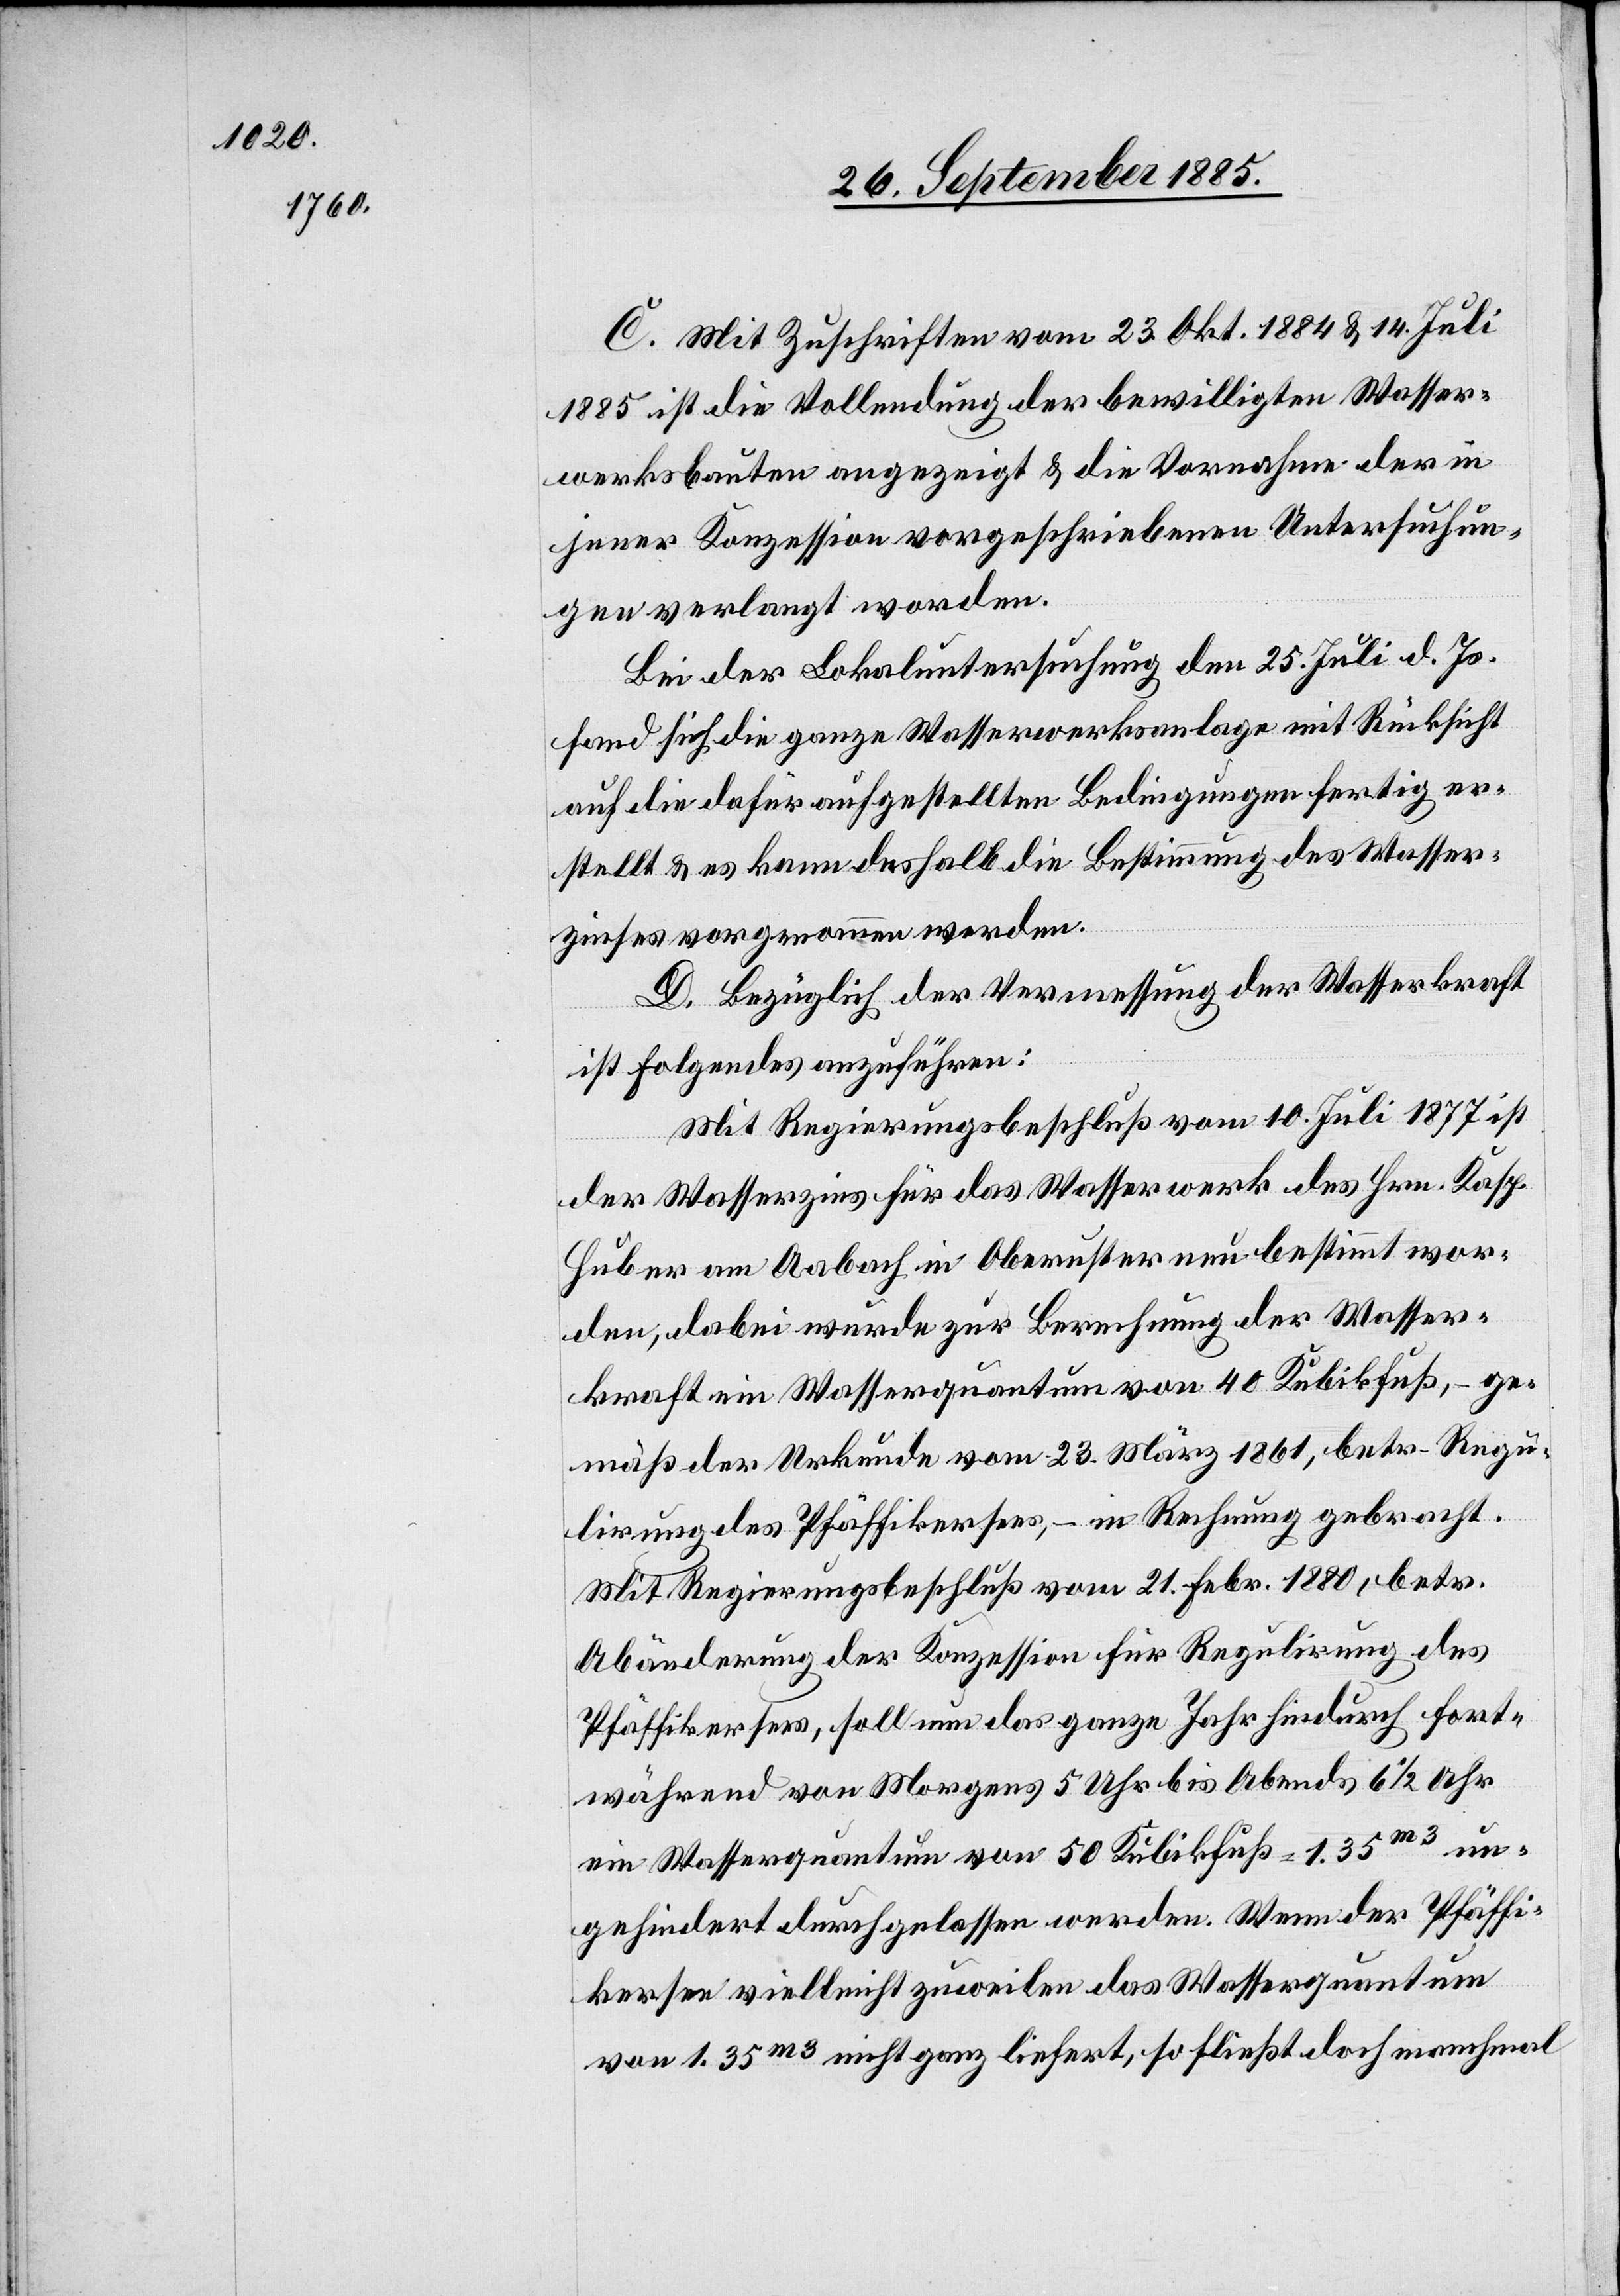
C. Mit Zuschriften vom 23. Okt. 1884 & 14. Juli
1885 ist die Vollendung der bewilligten Wasser¬
werksbauten angezeigt & die Vornahme der in
jener Konzession vorgeschriebenen Untersuchun¬
gen verlangt worden.
Bei der Lokaluntersuchung den 25. Juli d. Js.
fand sich die ganze Wasserwerksanlage mit Rücksicht
auf die dafür aufgestellten Bedingungen fertig er¬
stellt & es kann deshalb die Bestimmung des Wasser¬
zinses vorgenommen werden.
D. Bezüglich der Vermessung der Wasserkraft
ist Folgendes anzuführen:
Mit Regierungsbeschluß vom 10. Juli 1877 ist
der Wasserzins für das Wasserwerk des Hrn. Kasp.
Huber am Aabach in Oberuster neu bestimmt wor¬
den, dabei wurde zur Berechnung der Wasser¬
kraft ein Wasserquantum von 40 Kubikfuß, – ge¬
mäß der Urkunde vom 23. März 1861, betr. Regu¬
lirung des Pfäffikersees, – in Rechnung gebracht.
Mit Regierungsbeschluß vom 21. Febr. 1880, betr.
Abänderung der Konzession für Regulirung des
Pfäffikersees, soll nun das ganze Jahr hindurch fort¬
während von Morgens 5 Uhr bis Abends 6 1/2 Uhr
ein Wasserquantum von 50 Kubikfuß = 1.35m3 un¬
gehindert durchgelassen werden. Wenn der Pfäffi¬
kersee vielleicht zuweilen das Wasserquantum
von 1.35m3 nicht ganz liefert, so fließt doch manchmal